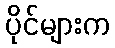
ပိုင်များက